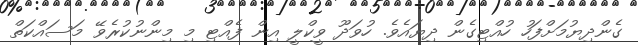
ގެންދިޔުމަށްފަހު ހުއްޓިގެން ދިޔައެވެ. ހުވަދޫ ވީކްލީ އިން ފެއްޓި މި މިންނުކުރެވޭ މަސައްކަތް